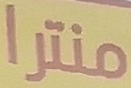
منترا